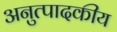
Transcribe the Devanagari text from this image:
अनुत्पादकीय